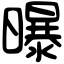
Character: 曝